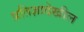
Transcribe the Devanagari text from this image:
प्रतिज्ञादेखील